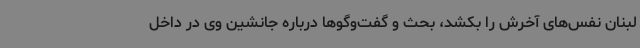
لبنان نفس‌های آخرش را بکشد، بحث و گفت‌وگوها درباره جانشین وی در داخل